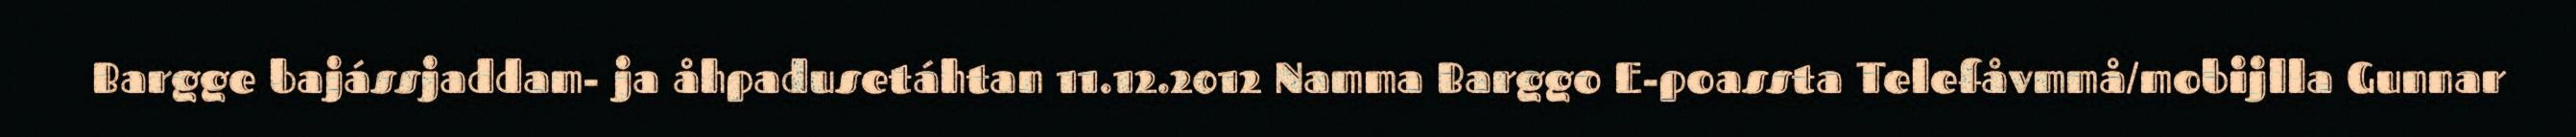
Bargge bajássjaddam- ja åhpadusetáhtan 11.12.2012 Namma Barggo E-poassta Telefåvmmå/mobijlla Gunnar